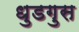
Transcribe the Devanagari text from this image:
धुडगुस